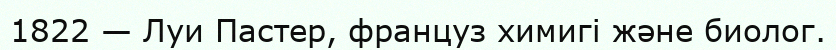
1822 — Луи Пастер, француз химигі және биолог.